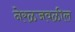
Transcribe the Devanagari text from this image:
नेरळजवळील